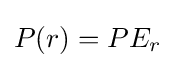
{\textstyle P(r)=PE_{r}}